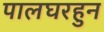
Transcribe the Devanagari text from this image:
पालघरहुन